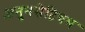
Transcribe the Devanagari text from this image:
अनुनसेप्टियम